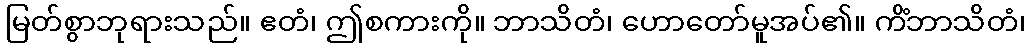
မြတ်စွာဘုရားသည်။ ဧတံ၊ ဤစကားကို။ ဘာသိတံ၊ ဟောတော်မူအပ်၏။ ကိံဘာသိတံ၊